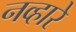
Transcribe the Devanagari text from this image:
नव्हारे